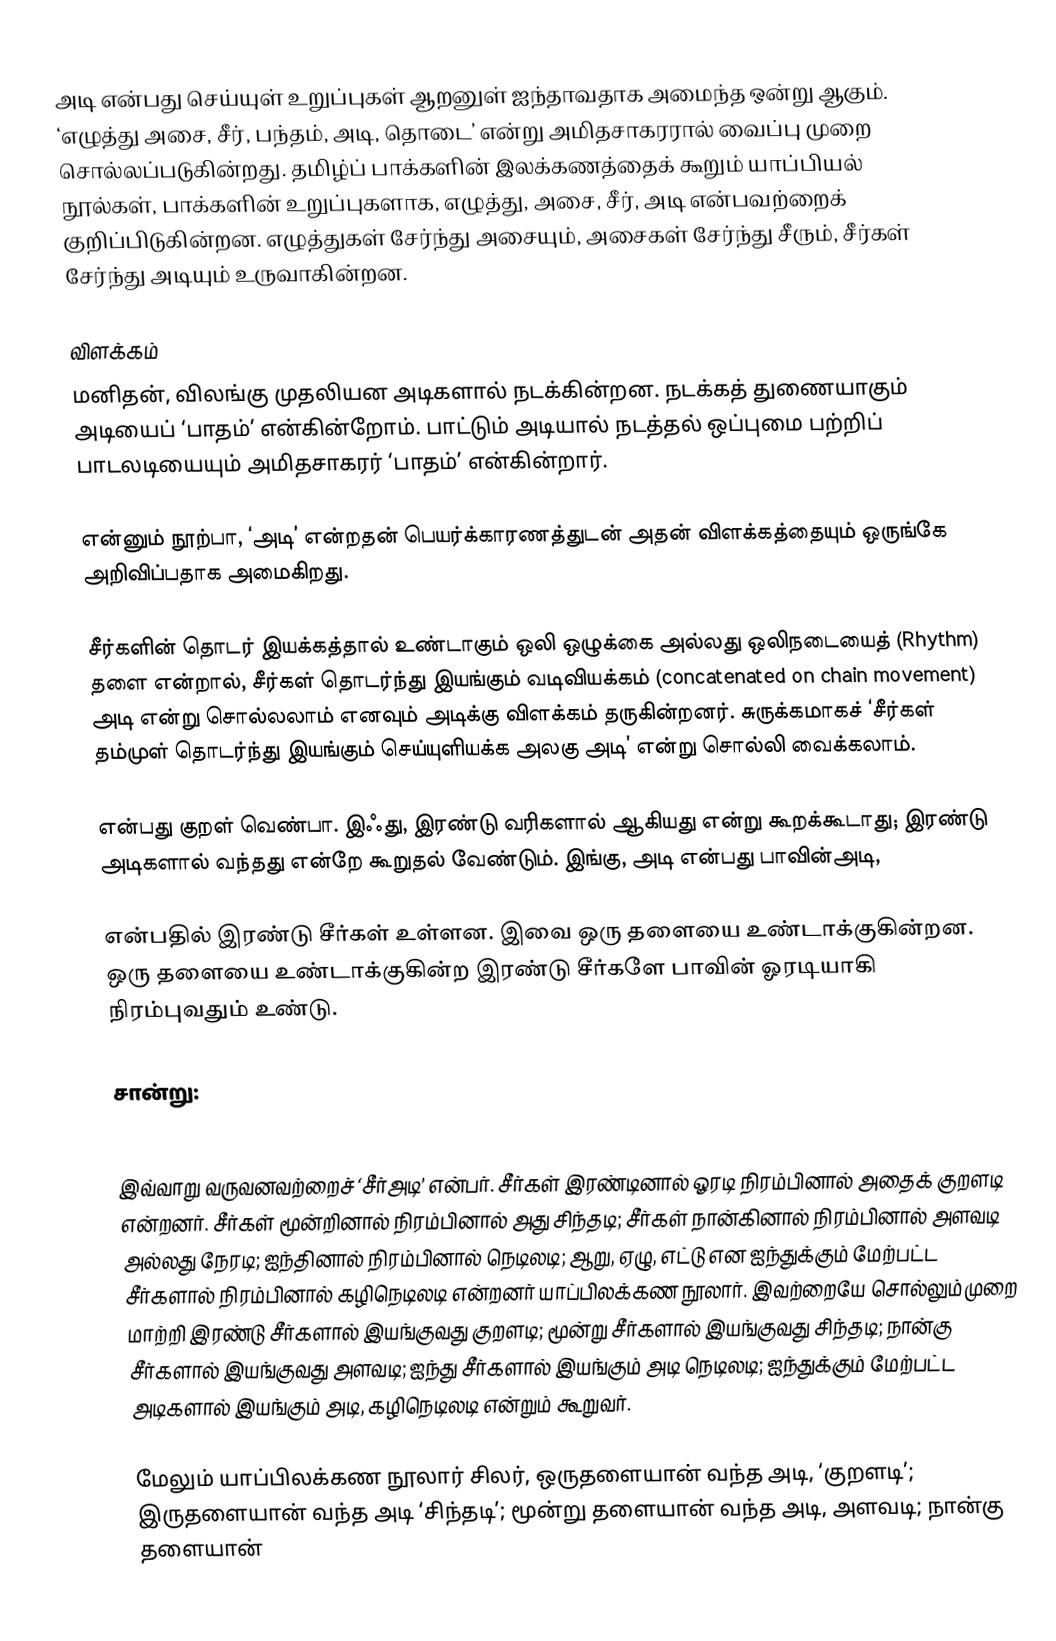
அடி என்பது செய்யுள் உறுப்புகள் ஆறனுள் ஐந்தாவதாக அமைந்த ஒன்று ஆகும். ‘எழுத்து அசை, சீர், பந்தம், அடி, தொடை’ என்று அமிதசாகரரால் வைப்பு முறை சொல்லப்படுகின்றது. தமிழ்ப் பாக்களின் இலக்கணத்தைக் கூறும் யாப்பியல் நூல்கள், பாக்களின் உறுப்புகளாக, எழுத்து, அசை, சீர், அடி என்பவற்றைக் குறிப்பிடுகின்றன. எழுத்துகள் சேர்ந்து அசையும், அசைகள் சேர்ந்து சீரும், சீர்கள் சேர்ந்து அடியும் உருவாகின்றன.

விளக்கம்
மனிதன், விலங்கு முதலியன அடிகளால் நடக்கின்றன. நடக்கத் துணையாகும் அடியைப் ‘பாதம்’ என்கின்றோம். பாட்டும் அடியால் நடத்தல் ஒப்புமை பற்றிப் பாடலடியையும் அமிதசாகரர் ‘பாதம்’ என்கின்றார்.

என்னும் நூற்பா, ‘அடி’ என்றதன் பெயர்க்காரணத்துடன் அதன் விளக்கத்தையும் ஒருங்கே அறிவிப்பதாக அமைகிறது.

சீர்களின் தொடர் இயக்கத்தால் உண்டாகும் ஒலி ஒழுக்கை அல்லது ஒலிநடையைத் (Rhythm) தளை என்றால், சீர்கள் தொடர்ந்து இயங்கும் வடிவியக்கம் (concatenated on chain movement) அடி என்று சொல்லலாம் எனவும் அடிக்கு விளக்கம் தருகின்றனர். சுருக்கமாகச் ‘சீர்கள் தம்முள் தொடர்ந்து இயங்கும் செய்யுளியக்க அலகு அடி’ என்று சொல்லி வைக்கலாம்.

என்பது குறள் வெண்பா. இஃது, இரண்டு வரிகளால் ஆகியது என்று கூறக்கூடாது; இரண்டு அடிகளால் வந்தது என்றே கூறுதல் வேண்டும். இங்கு, அடி என்பது பாவின்அடி,

என்பதில் இரண்டு சீர்கள் உள்ளன. இவை ஒரு தளையை உண்டாக்குகின்றன. ஒரு தளையை உண்டாக்குகின்ற இரண்டு சீர்களே பாவின் ஓரடியாகி நிரம்புவதும் உண்டு.

சான்று:

இவ்வாறு வருவனவற்றைச் ‘சீர்அடி’ என்பர். சீர்கள் இரண்டினால் ஓரடி நிரம்பினால் அதைக் குறளடி என்றனர். சீர்கள் மூன்றினால் நிரம்பினால் அது சிந்தடி; சீர்கள் நான்கினால் நிரம்பினால் அளவடி அல்லது நேரடி; ஐந்தினால் நிரம்பினால் நெடிலடி; ஆறு, ஏழு, எட்டு என ஐந்துக்கும் மேற்பட்ட சீர்களால் நிரம்பினால் கழிநெடிலடி என்றனர் யாப்பிலக்கண நூலார். இவற்றையே சொல்லும்முறை மாற்றி இரண்டு சீர்களால் இயங்குவது குறளடி; மூன்று சீர்களால் இயங்குவது சிந்தடி; நான்கு சீர்களால் இயங்குவது அளவடி; ஐந்து சீர்களால் இயங்கும் அடி நெடிலடி; ஐந்துக்கும் மேற்பட்ட அடிகளால் இயங்கும் அடி, கழிநெடிலடி என்றும் கூறுவர்.

மேலும் யாப்பிலக்கண நூலார் சிலர், ஒருதளையான் வந்த அடி, ‘குறளடி’; இருதளையான் வந்த அடி ‘சிந்தடி’; மூன்று தளையான் வந்த அடி, அளவடி; நான்கு தளையான்